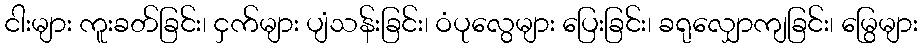
ငါးများ ကူးခတ်ခြင်း၊ ငှက်များ ပျံသန်းခြင်း၊ ဝံပုလွေများ ပြေးခြင်း၊ ခရုလျှောကျခြင်း၊ မြွေများ